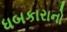
ધબકારાનો